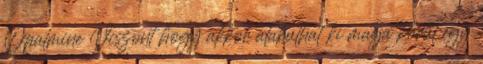
Opalmine Viszont hogy akkor alakulhat ki maga körül egy